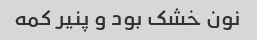
نون خشک بود و پنیر کمه